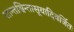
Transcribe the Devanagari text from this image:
शान्तश्चिन्तासूयादिवर्जितः